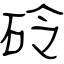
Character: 砱